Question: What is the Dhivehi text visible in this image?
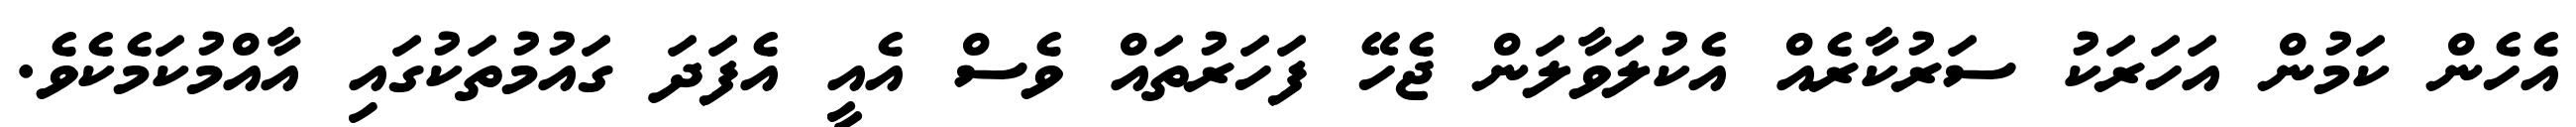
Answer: އެހެން ކަމުން އަހަރަކު ސަރުކާރެއް އެކުލަވާލަން ޖެހޭ ފަހަރުތައް ވެސް އެއީ އެފަދަ ގައުމުތަކުގައި އާއްމުކަމެކެވެ.